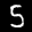
Label: 5